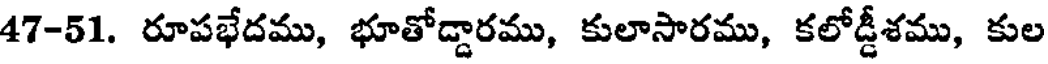
47-51. రూపభేదము, భూతోడ్డారము, కులాసారము, కలోడ్డీశము, కుల